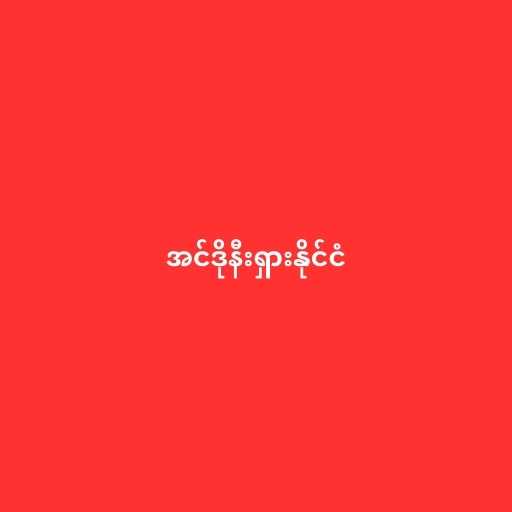
အင်ဒိုနီးရှားနိုင်ငံ